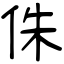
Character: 侏